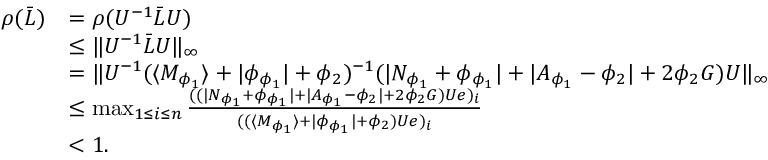
\begin{array} { r l } { \rho ( \bar { L } ) } & { = \rho ( U ^ { - 1 } \bar { L } U ) } \\ & { \leq \| U ^ { - 1 } \bar { L } U \| _ { \infty } } \\ & { = \| U ^ { - 1 } ( \langle M _ { \phi _ { 1 } } \rangle + \lvert \phi _ { \phi _ { 1 } } \rvert + \phi _ { 2 } ) ^ { - 1 } ( \lvert N _ { \phi _ { 1 } } + \phi _ { \phi _ { 1 } } \rvert + \lvert A _ { \phi _ { 1 } } - \phi _ { 2 } \rvert + 2 \phi _ { 2 } G ) U \| _ { \infty } } \\ & { \leq \operatorname* { m a x } _ { 1 \leq i \leq n } \frac { ( ( \lvert N _ { \phi _ { 1 } } + \phi _ { \phi _ { 1 } } \rvert + \lvert A _ { \phi _ { 1 } } - \phi _ { 2 } \rvert + 2 \phi _ { 2 } G ) U e ) _ { i } } { ( ( \langle M _ { \phi _ { 1 } } \rangle + \lvert \phi _ { \phi _ { 1 } } \rvert + \phi _ { 2 } ) U e ) _ { i } } } \\ & { < 1 . } \end{array}